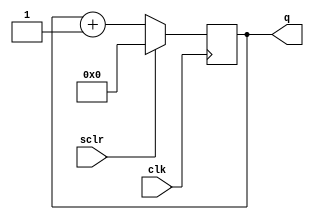
`timescale 1 ns/1 ps

module up_counter (sclr, clk, q);
  input sclr;
  input clk;
  output reg [19 : 0] q;

  always@(posedge clk) begin
	if(sclr)
		q <= 20'b00000000000000000000;
	else
		q <= q + 1;
  end
endmodule